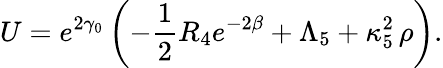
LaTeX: U=e^{2\gamma_{0}}\left(-\frac 12R_{4}e^{-2\beta}+\Lambda_{5}+\kappa_{5}^{2}\, \rho\right).